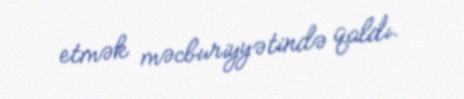
etmək məcburiyyətində qaldı.